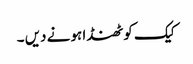
کیک کو ٹھنڈا ہو نے دیں ۔